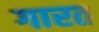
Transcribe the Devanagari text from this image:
गारत